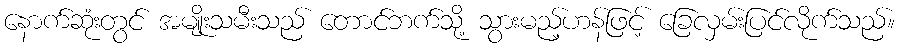
နောက်ဆုံးတွင် အမျိုးသမီးသည် တောင်ဘက်သို့ သွားမည့်ဟန်ဖြင့် ခြေလှမ်းပြင်လိုက်သည်။